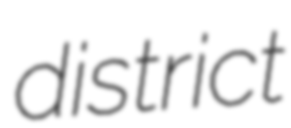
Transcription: district